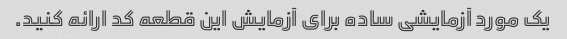
یک مورد آزمایشی ساده برای آزمایش این قطعه کد ارائه کنید.